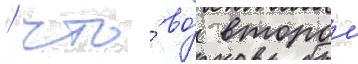
/ что́ во́ второи